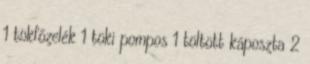
1 tökfőzelék 1 töki pompos 1 töltött káposzta 2